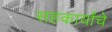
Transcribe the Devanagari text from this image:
सहकार्यांचे